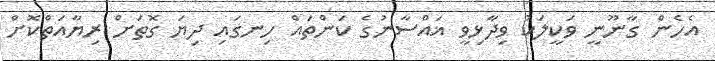
އެހެން ގާނޫނީ ވަކީލަކު ވިދާޅިވީ ޣައްސާނުގެ ކަންތައް ހިނގައި ދިޔަ ގޮތަށް ރިޔާއަތްކޮށް